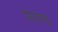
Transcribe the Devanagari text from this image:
रितेन्द्र